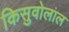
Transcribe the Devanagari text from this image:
किसुवोलाल